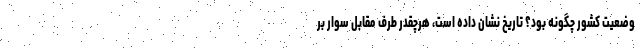
وضعیت کشور چگونه بود؟ تاریخ نشان داده است، هرچقدر طرف مقابل سوار بر